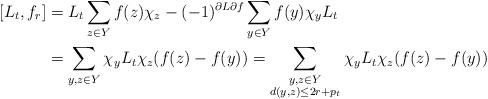
LaTeX: \begin{align*}[L_t,f_r]&=L_t\sum_{z\in Y}f(z)\chi_z-(-1)^{\partial L\partial f}\sum_{y\in Y}f(y)\chi_yL_t\\&=\sum_{y,z\in Y}\chi_yL_t\chi_z(f(z)-f(y))=\sum_{\substack{y,z\in Y\\d(y,z)\leq 2r+p_t}}\chi_yL_t\chi_z(f(z)-f(y))\end{align*}